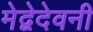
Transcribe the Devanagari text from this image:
मेद्वेदेवनी